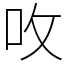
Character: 呚